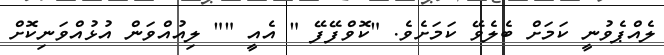
ލެއްޕެވުނީ ކަމަށް ބެލެވޭ ކަމަށެވެ. "ކޮވްފޭފޭ " އެއީ "" ލިއުއްވަން އުޅުއްވަނިކޮށް